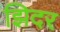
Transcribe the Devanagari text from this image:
झिदर